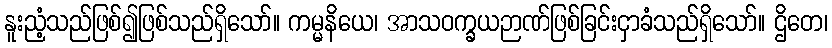
နူးညံ့သည်ဖြစ်၍ဖြစ်သည်ရှိသော်။ ကမ္မနိယေ၊ အာသဝက္ခယဉာဏ်ဖြစ်ခြင်းငှာခံသည်ရှိသော်။ ဌိတေ၊